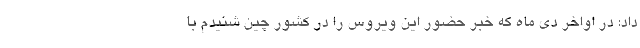
داد: در اواخر دی ماه که خبر حضور این ویروس را در کشور چین شنیدم با